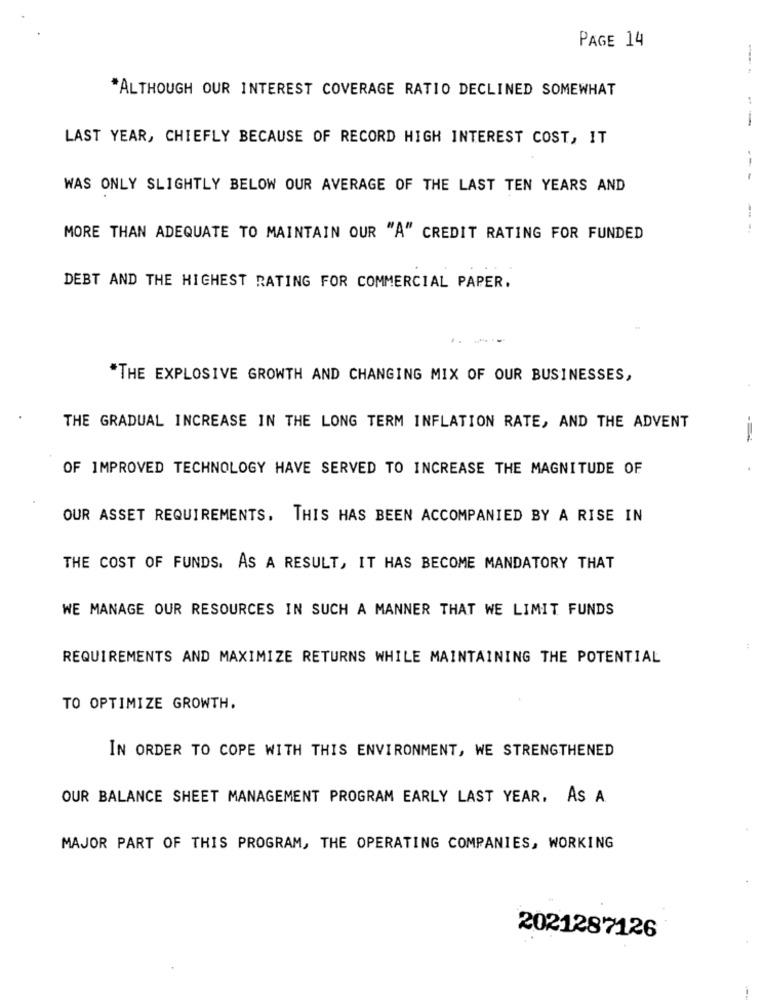
PAGE 14
"ALTHOUGH OUR INTEREST COVERAGE RATIO DECLINED SOMEWHAT
--
LAST YEAR, CHIEFLY BECAUSE OF RECORD HIGH INTEREST COST, IT
--
WAS ONLY SLIGHTLY BELOW OUR AVERAGE OF THE LAST TEN YEARS AND
MORE THAN ADEQUATE TO MAINTAIN OUR "A" CREDIT RATING FOR FUNDED
DEBT AND THE HIGHEST RATING FOR COMMERCIAL PAPER.
*THE EXPLOSIVE GROWTH AND CHANGING MIX OF OUR BUSINESSES,
THE GRADUAL INCREASE IN THE LONG TERM INFLATION RATE, AND THE ADVENT
OF IMPROVED TECHNOLOGY HAVE SERVED TO INCREASE THE MAGNITUDE OF
OUR ASSET REQUIREMENTS. THIS HAS BEEN ACCOMPANIED BY A RISE IN
THE COST OF FUNDS. AS A RESULT, IT HAS BECOME MANDATORY THAT
WE MANAGE OUR RESOURCES IN SUCH A MANNER THAT WE LIMIT FUNDS
:
REQUIREMENTS AND MAXIMIZE RETURNS WHILE MAINTAINING THE POTENTIAL
TO OPTIMIZE GROWTH.
IN ORDER TO COPE WITH THIS ENVIRONMENT, WE STRENGTHENED
OUR BALANCE SHEET MANAGEMENT PROGRAM EARLY LAST YEAR, AS A.
MAJOR PART OF THIS PROGRAM, THE OPERATING COMPANIES, WORKING
2021287126